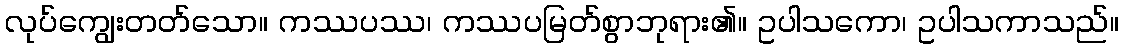
လုပ်ကျွေးတတ်သော။ ကဿပဿ၊ ကဿပမြတ်စွာဘုရား၏။ ဥပါသကော၊ ဥပါသကာသည်။